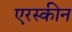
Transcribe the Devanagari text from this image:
एरस्कीन